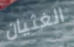
الغثيان